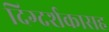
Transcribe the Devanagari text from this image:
दिग्दर्शकासह